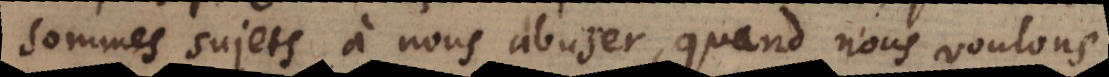
sommes sujets à nous abuser, quand nous voulons